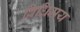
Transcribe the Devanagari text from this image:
विधिमय